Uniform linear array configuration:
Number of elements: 64
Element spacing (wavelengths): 0.5
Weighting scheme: cosine
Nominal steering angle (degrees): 0
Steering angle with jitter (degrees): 0.4528
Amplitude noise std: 0.05
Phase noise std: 0.05

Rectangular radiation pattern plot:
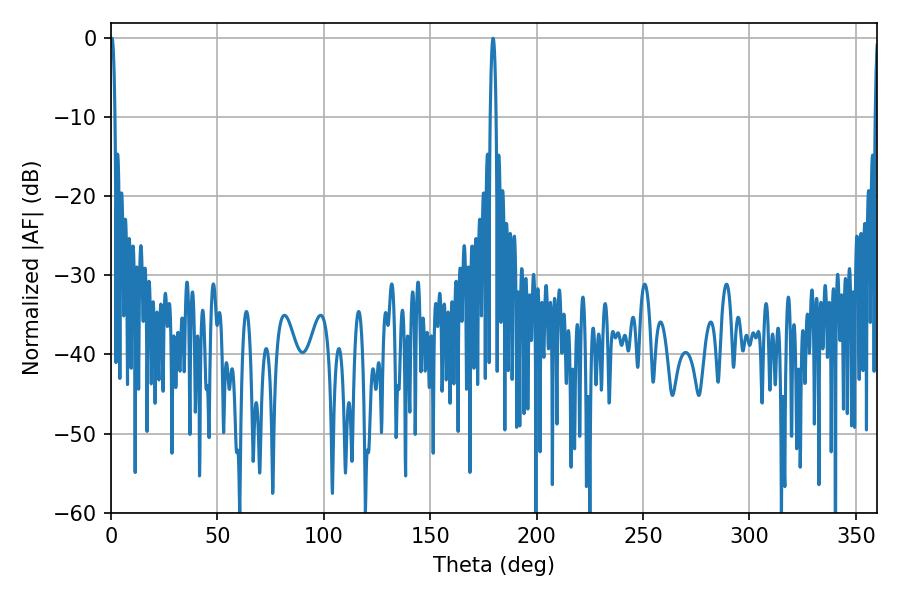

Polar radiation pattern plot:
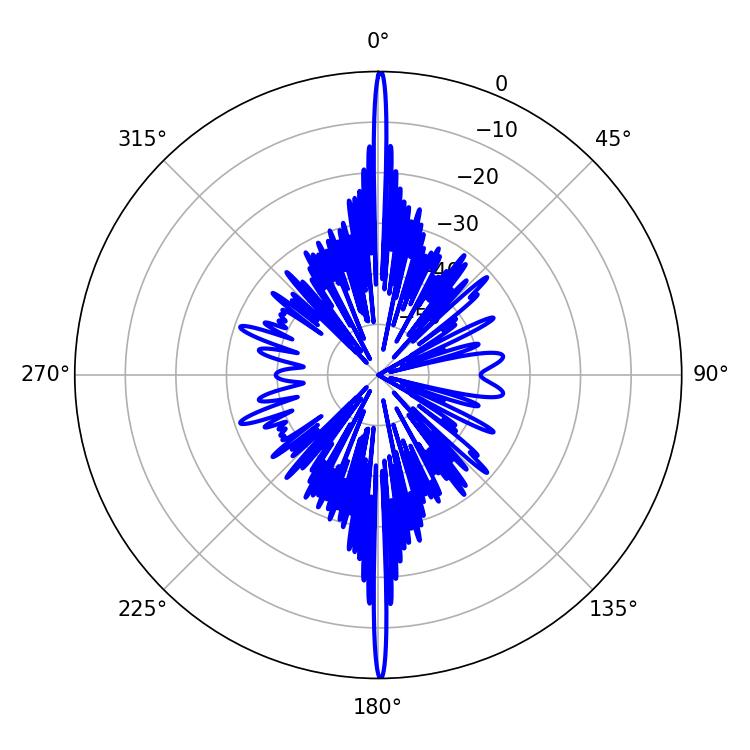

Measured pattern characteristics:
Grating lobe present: FALSE
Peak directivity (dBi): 36.373
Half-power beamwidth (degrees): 1.26
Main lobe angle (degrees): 0.54